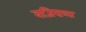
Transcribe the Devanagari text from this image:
वजिराला